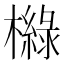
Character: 𣝵